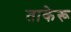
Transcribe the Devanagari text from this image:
ताकेरू